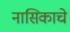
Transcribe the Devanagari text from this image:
नासिकाचे